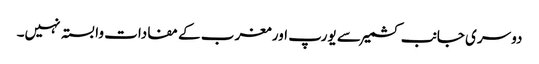
دوسری جانب کشمیر سے یورپ اور مغرب کے مفادات وابستہ نہیں۔